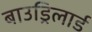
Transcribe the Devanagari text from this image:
बाउड्रिलार्ड